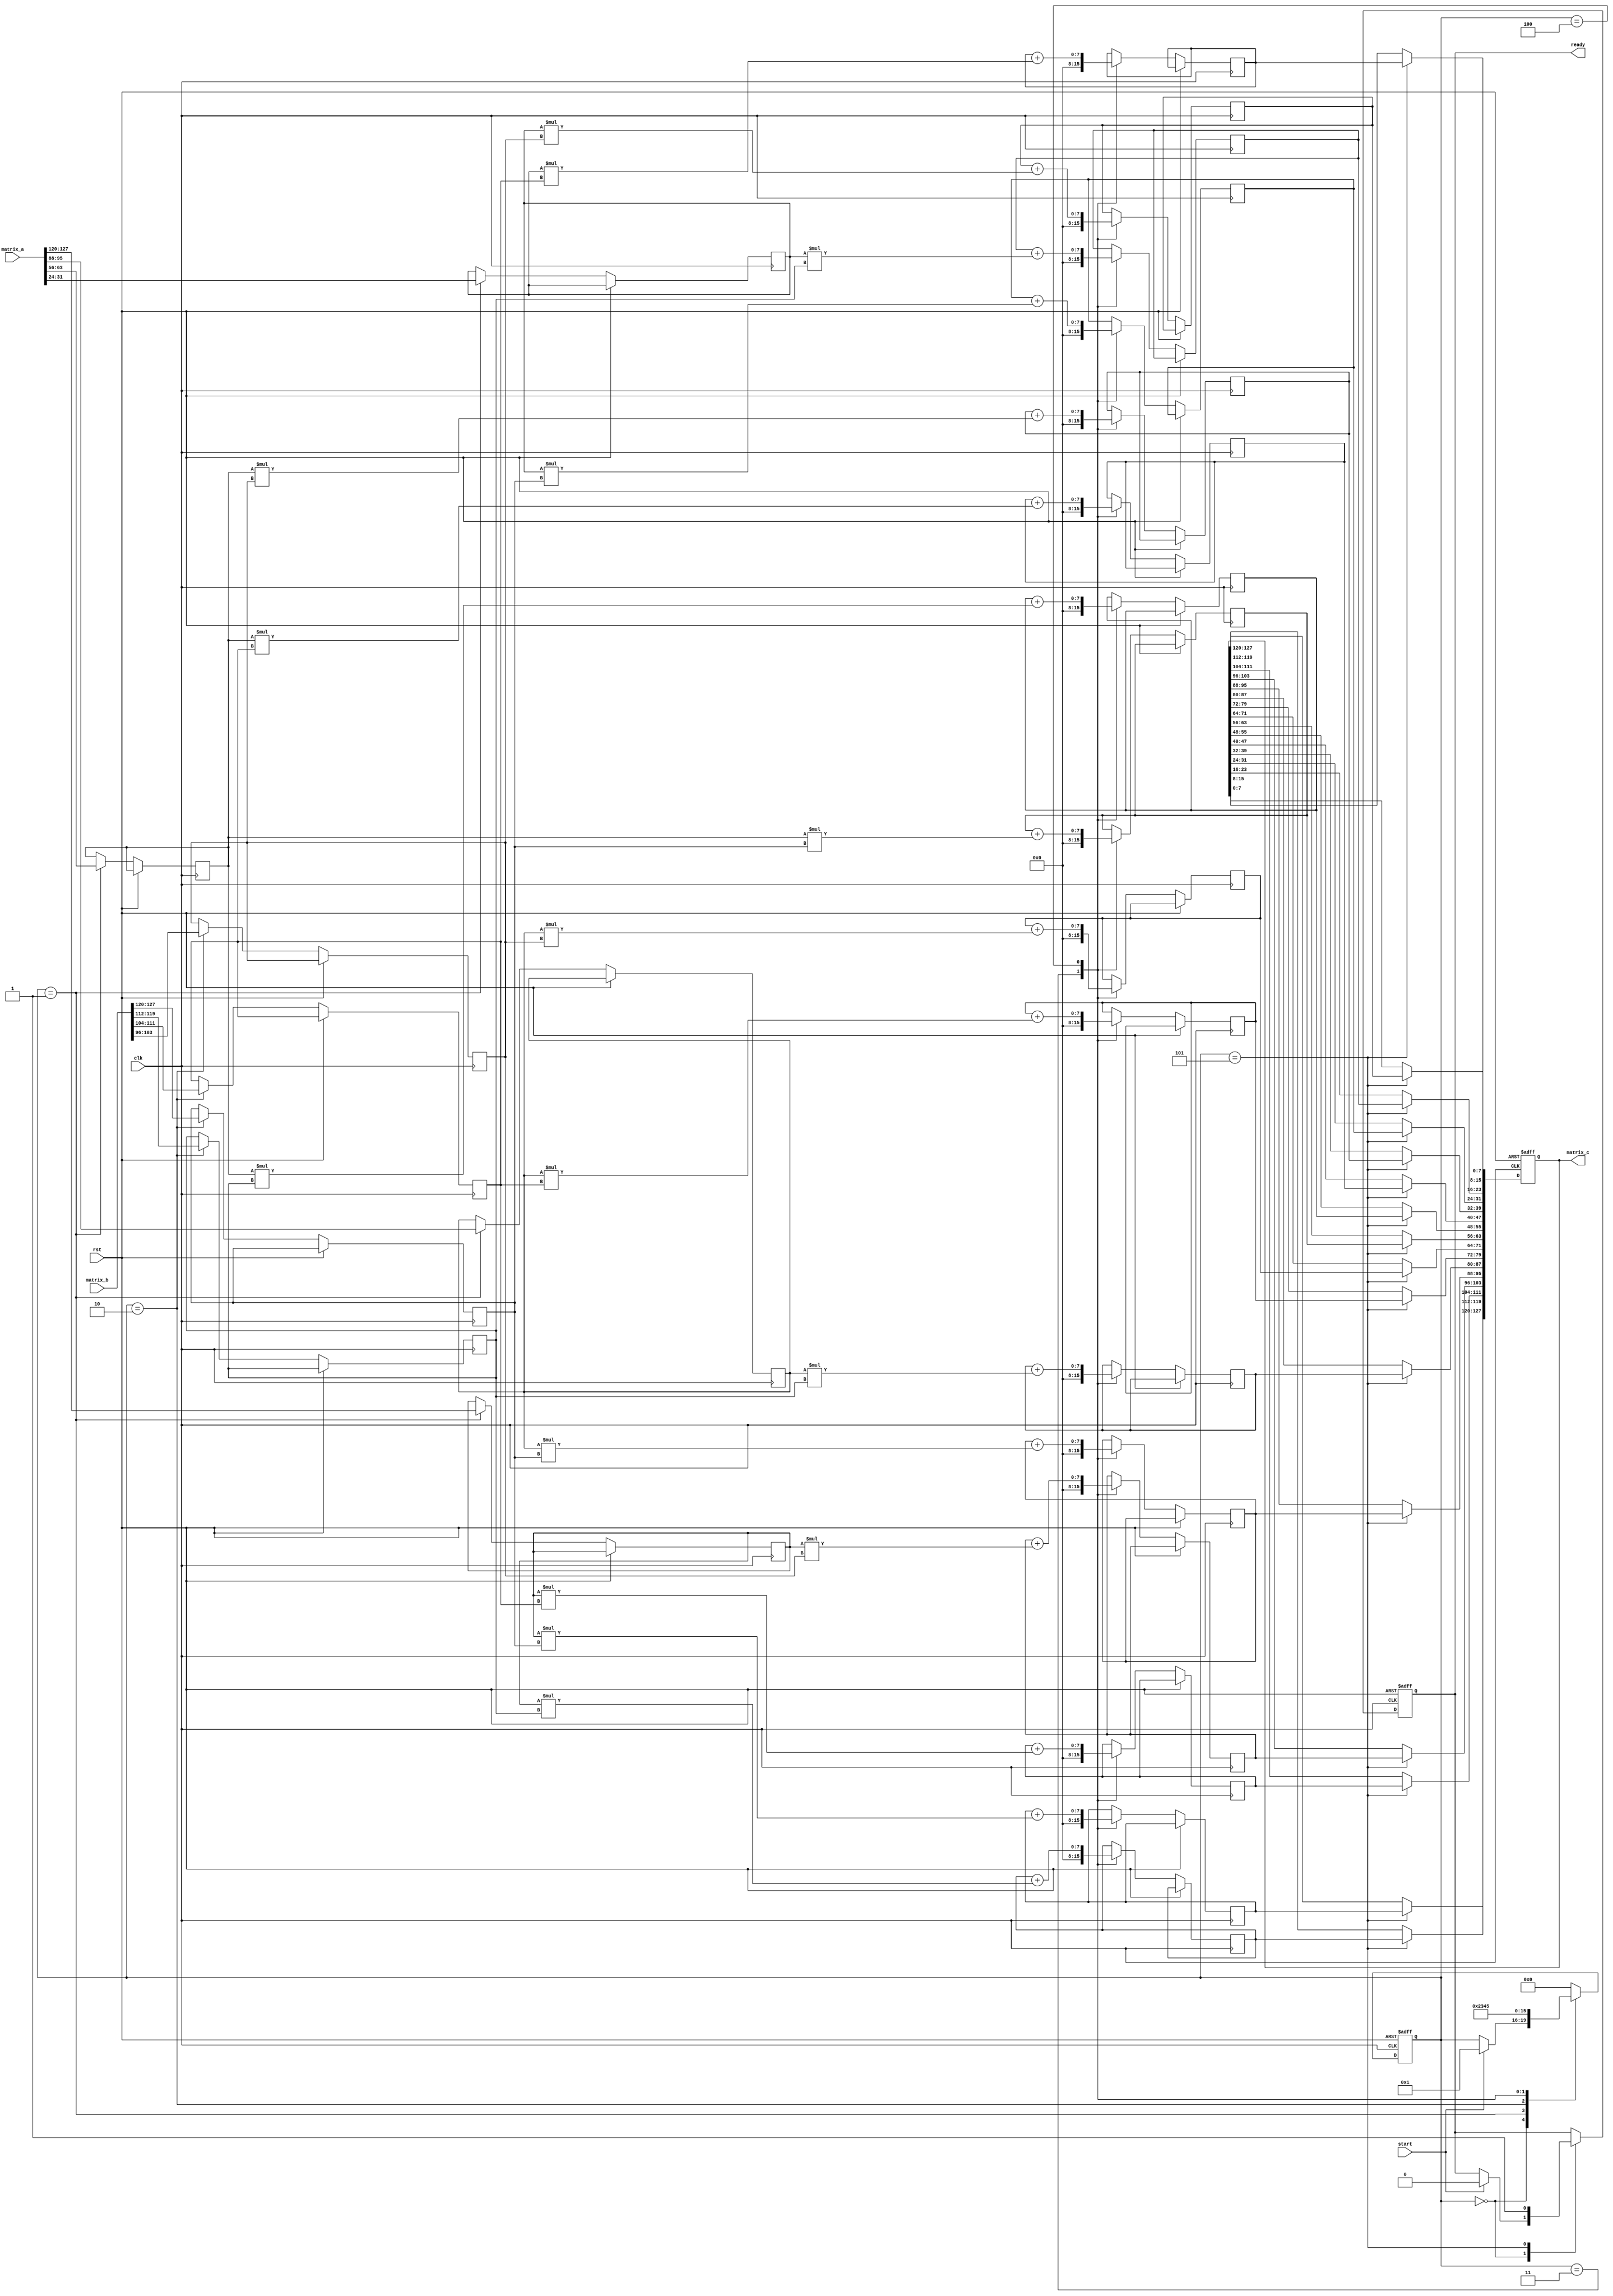
module stencil_multiplier #(
    parameter M = 4, // Number of rows in Matrix A
    parameter N = 4, // Number of columns in Matrix A (and rows in Matrix B)
    parameter P = 4, // Number of columns in Matrix B
    parameter DATA_WIDTH = 8 // Width of the data
)(
    input clk,
    input rst,
    input start,
    input [DATA_WIDTH*M*N-1:0] matrix_a, // Flattened MxN matrix A
    input [DATA_WIDTH*N*P-1:0] matrix_b, // Flattened NxP matrix B
    output reg [DATA_WIDTH*M*P-1:0] matrix_c, // Flattened MxP result matrix C
    output reg ready // Signal to indicate output is ready
);

    // Internal registers
    reg [DATA_WIDTH-1:0] a_reg [0:M-1][0:N-1]; // Matrix A registers
    reg [DATA_WIDTH-1:0] b_reg [0:N-1][0:P-1]; // Matrix B registers
    reg [DATA_WIDTH-1:0] c_reg [0:M-1][0:P-1]; // Result Matrix C registers
    reg [3:0] state; // FSM state
    reg [3:0] row, col, k; // Loop indices

    // State definitions
    localparam IDLE = 4'd0,
               LOAD_A = 4'd1,
               LOAD_B = 4'd2,
               MULTIPLY = 4'd3,
               SUM = 4'd4,
               OUTPUT = 4'd5;

    // FSM for control logic
    always @(posedge clk or posedge rst) begin
        if (rst) begin
            state <= IDLE;
            ready <= 0;
            matrix_c <= 0;
        end else begin
            case (state)
                IDLE: begin
                    if (start) begin
                        state <= LOAD_A;
                        ready <= 0;
                    end
                end

                LOAD_A: begin
                    // Load Matrix A from input
                    for (row = 0; row < M; row = row + 1) begin
                        for (col = 0; col < N; col = col + 1) begin
                            a_reg[row][col] <= matrix_a[(row*N + col) * DATA_WIDTH +: DATA_WIDTH];
                        end
                    end
                    state <= LOAD_B;
                end

                LOAD_B: begin
                    // Load Matrix B from input
                    for (row = 0; row < N; row = row + 1) begin
                        for (col = 0; col < P; col = col + 1) begin
                            b_reg[row][col] <= matrix_b[(row*P + col) * DATA_WIDTH +: DATA_WIDTH];
                        end
                    end
                    state <= MULTIPLY;
                end

                MULTIPLY: begin
                    // Initialize result matrix C
                    for (row = 0; row < M; row = row + 1) begin
                        for (col = 0; col < P; col = col + 1) begin
                            c_reg[row][col] <= 0;
                        end
                    end
                    state <= SUM;
                end

                SUM: begin
                    // Perform multiplication and accumulate results
                    for (row = 0; row < M; row = row + 1) begin
                        for (col = 0; col < P; col = col + 1) begin
                            for (k = 0; k < N; k = k + 1) begin
                                c_reg[row][col] <= c_reg[row][col] + (a_reg[row][k] * b_reg[k][col]);
                            end
                        end
                    end
                    state <= OUTPUT;
                end

                OUTPUT: begin
                    // Flatten the output matrix C
                    for (row = 0; row < M; row = row + 1) begin
                        for (col = 0; col < P; col = col + 1) begin
                            matrix_c[(row*P + col) * DATA_WIDTH +: DATA_WIDTH] <= c_reg[row][col];
                        end
                    end
                    ready <= 1; // Indicate output is ready
                    state <= IDLE; // Go back to IDLE
                end

                default: state <= IDLE;
            endcase
        end
    end
endmodule